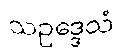
သဥဒ္ဒေသံ